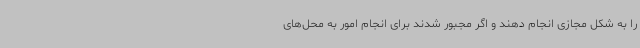
را به شکل مجازی انجام دهند و اگر مجبور شدند برای انجام امور به محل‌های